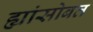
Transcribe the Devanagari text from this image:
ह्यांसोबत